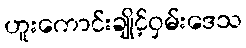
ဟူးကောင်းချိုင့်ဝှမ်းဒေသ